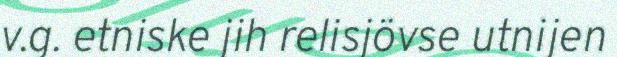
v.g. etniske jih relisjövse utnijen